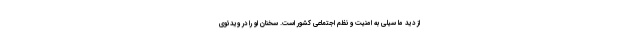
از دید ما سیلی به امنیت و نظم اجتماعی کشور است. سخنان او را در ویدئوی